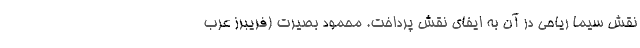
نقش سيما رياحي در آن به ايفاي نقش پرداخت. محمود بصيرت (فريبرز عرب